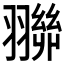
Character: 𮋓